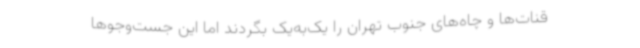
قنات‌ها و چاه‌های جنوب تهران را یک‌به‌یک بگردند اما این جست‌وجوها